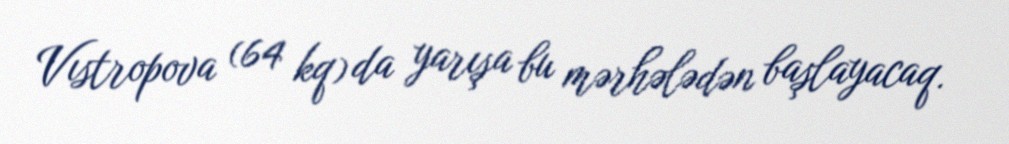
Vıstropova (64 kq) da yarışa bu mərhələdən başlayacaq.